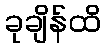
ခုချိန်ထိ